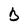
Character: B